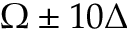
\Omega \pm 1 0 \Delta